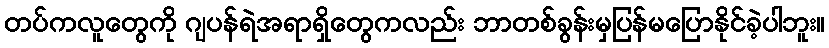
တပ်ကလူတွေကို ဂျပန်ရဲအရာရှိတွေကလည်း ဘာတစ်ခွန်းမှပြန်မပြောနိုင်ခဲ့ပါဘူး။